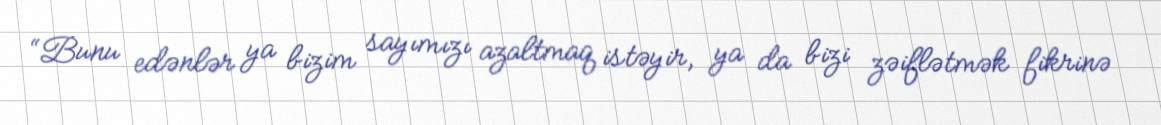
“Bunu edənlər ya bizim sayımızı azaltmaq istəyir, ya da bizi zəiflətmək fikrinə